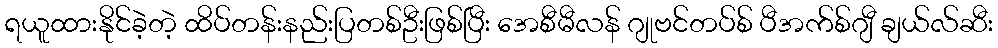
ရယူထားနိုင်ခဲ့တဲ့ ထိပ်တန်းနည်းပြတစ်ဦးဖြစ်ပြီး အေစီမီလန် ဂျုဗင်တပ်စ် ပီအက်စ်ဂျီ ချယ်လ်ဆီး